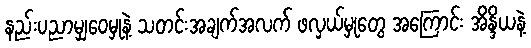
နည်းပညာမျှဝေမှုနဲ့ သတင်းအချက်အလက် ဖလှယ်မှုတွေ အကြောင်း အိန္ဒိယနဲ့